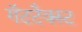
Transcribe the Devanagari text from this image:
गॅटटैक्स्ट